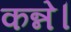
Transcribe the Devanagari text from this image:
कन्ने।